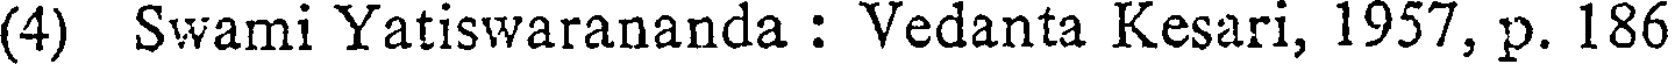
(4) Swami Yatiswarananda : Vedanta Kesari, 1957, p. 186